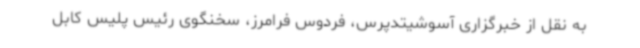
به نقل از خبرگزاری آسوشیتدپرس، فردوس فرامرز، سخنگوی رئیس پلیس کابل